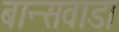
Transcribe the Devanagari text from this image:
बान्सवाडा